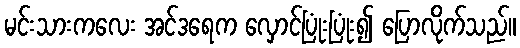
မင်းသားကလေး အင်ဒရေက လှောင်ပြုံးပြုံး၍ ပြောလိုက်သည်။